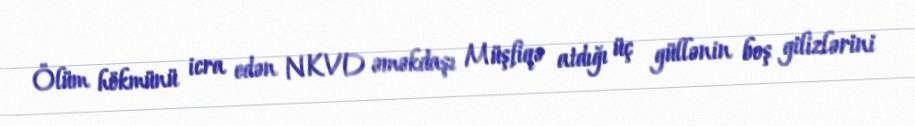
Ölüm hökmünü icra edən NKVD əməkdaşı Müşfiqə atdığı üç güllənin boş gilizlərini